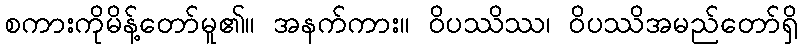
စကားကိုမိန့်တော်မူ၏။ အနက်ကား။ ဝိပဿိဿ၊ ဝိပဿိအမည်တော်ရှိ